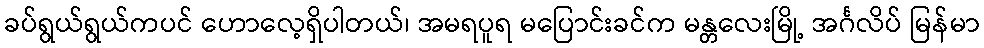
ခပ်ရွယ်ရွယ်ကပင် ဟောလေ့ရှိပါတယ်၊ အမရပူရ မပြောင်းခင်က မန္တလေးမြို့ အင်္ဂလိပ် မြန်မာ